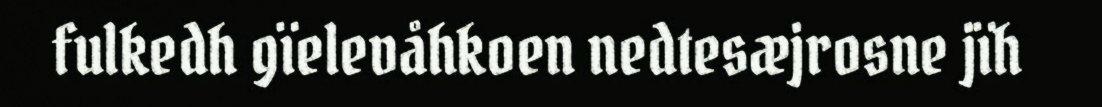
fulkedh gïelevåhkoen nedtesæjrosne jïh